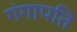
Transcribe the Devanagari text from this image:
गंगापति